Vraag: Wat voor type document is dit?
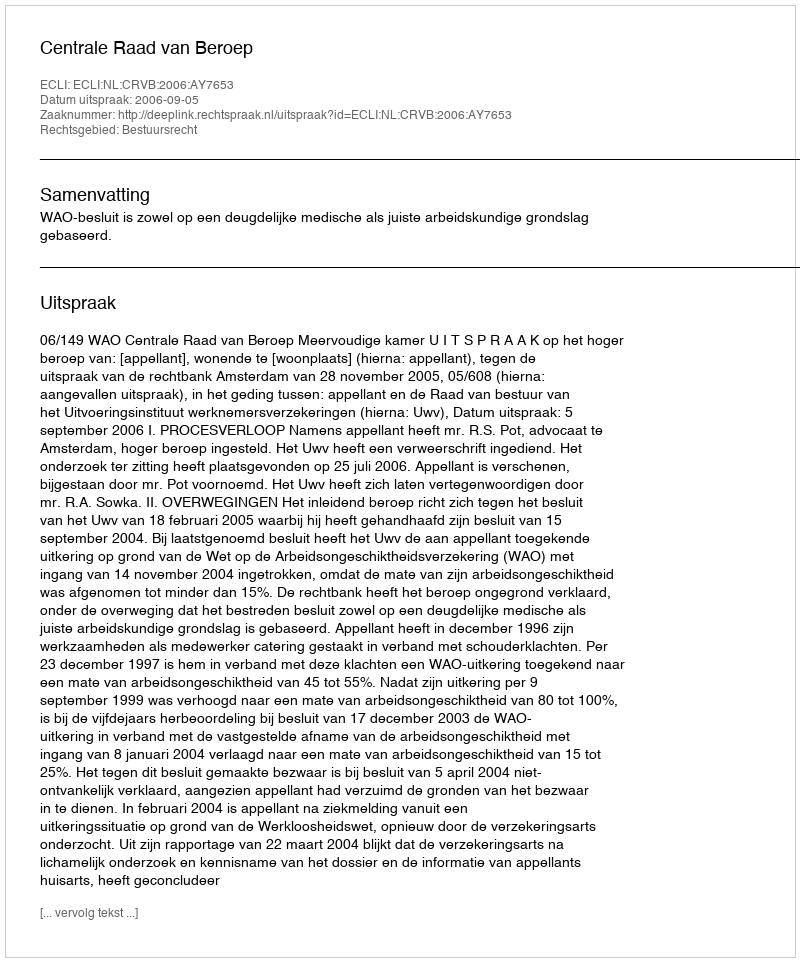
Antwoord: Uitspraak